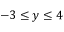
- 3 \leq y \leq 4